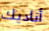
أناديك